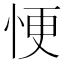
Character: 𢙾